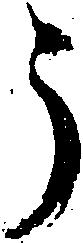
う